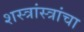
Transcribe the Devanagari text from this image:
शस्त्रांस्त्रांचा